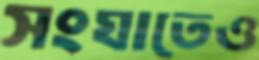
সংঘাতেও